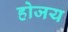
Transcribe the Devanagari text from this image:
होजय